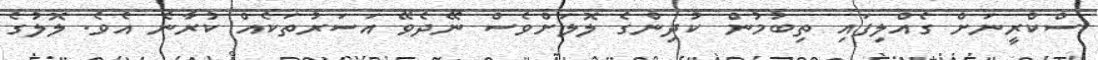
ސްކްރީނަށް ގެއްލިފައި ތިބުމުން ކުދިންގެ ލޮލަށްވެސް ނޭދެވޭ އަސަރުތަކެއް ކުރާނެ އެވެ. ލޮލުގެ